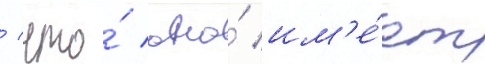
/ что́ оно́ им'е́ет